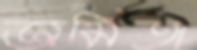
অমিতা